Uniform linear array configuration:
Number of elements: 12
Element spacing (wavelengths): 1
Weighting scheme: hann
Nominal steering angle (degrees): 45
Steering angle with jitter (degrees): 46.381
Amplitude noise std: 0.05
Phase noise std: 0.05

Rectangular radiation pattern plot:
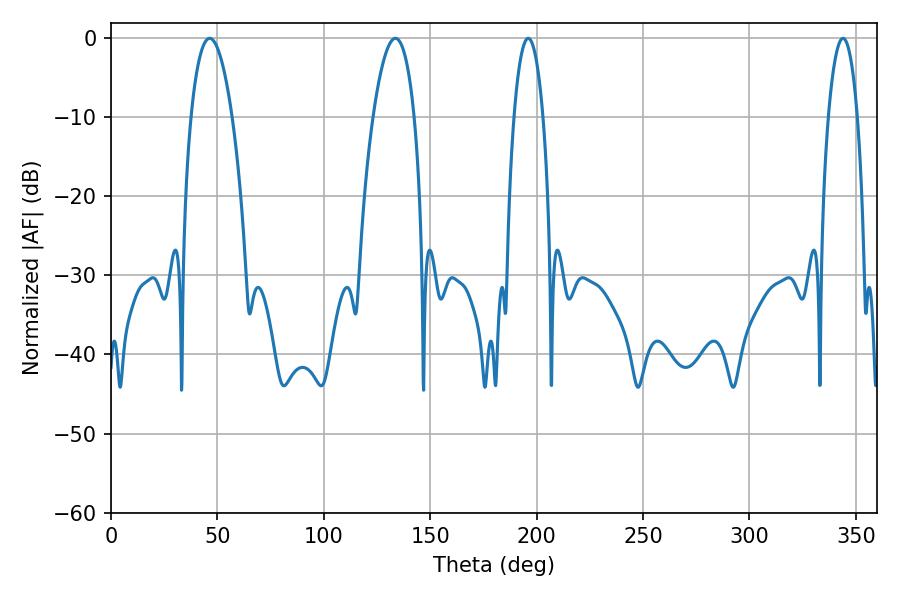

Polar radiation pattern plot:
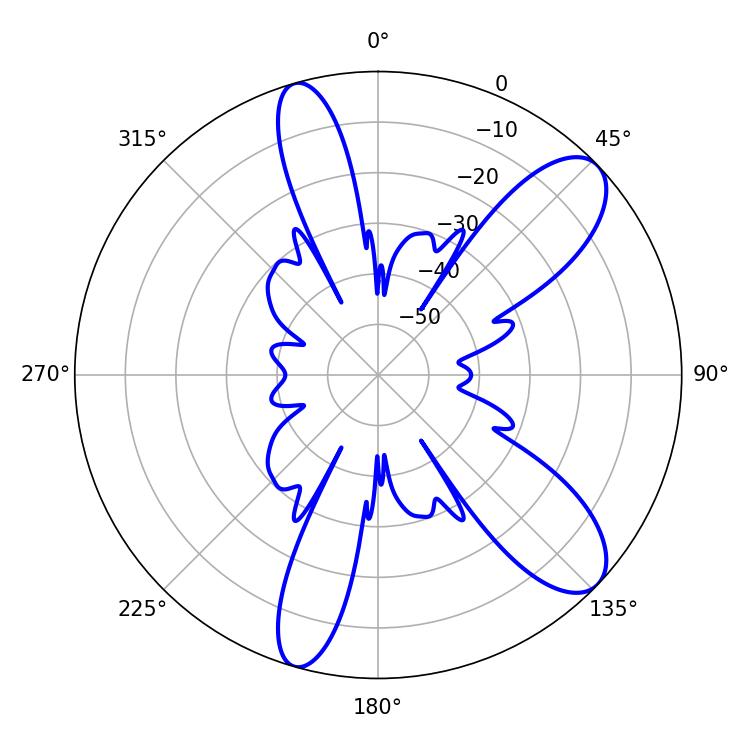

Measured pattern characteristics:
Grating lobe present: TRUE
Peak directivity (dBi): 9.739
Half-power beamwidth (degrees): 7.74
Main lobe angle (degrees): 196.02